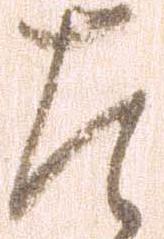
左